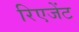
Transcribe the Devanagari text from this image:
रिएजेंट